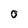
Character: 0